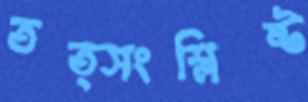
তত্সংশ্লিষ্ট